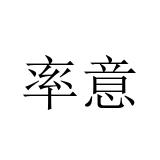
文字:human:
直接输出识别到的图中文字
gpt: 率意